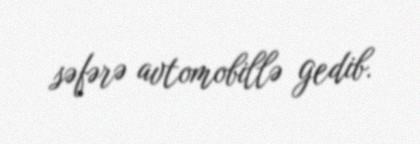
səfərə avtomobillə gedib.